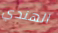
الهندي